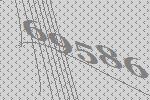
69586